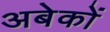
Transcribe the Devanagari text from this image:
अबेकों